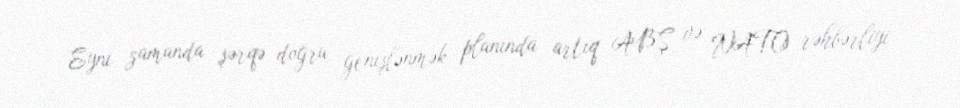
Eyni zamanda şərqə doğru genişlənmək planında artıq ABŞ və NATO rəhbərliyi